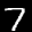
Label: 7